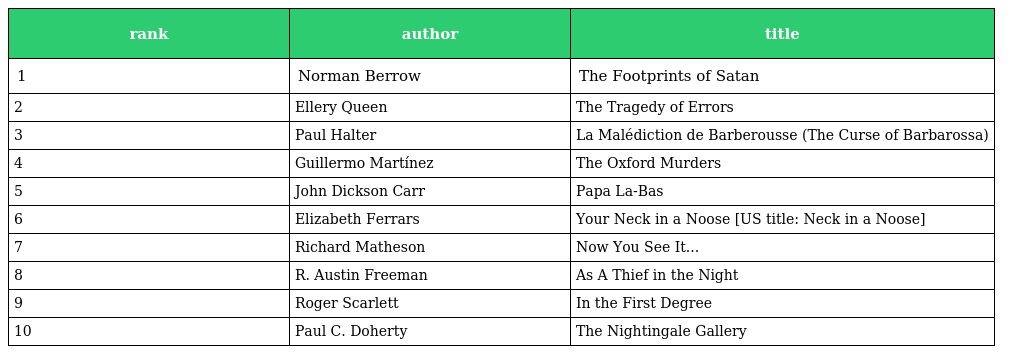
| rank | author | title |
 | --- | --- | --- |
 | 1 | Norman Berrow | The Footprints of Satan |
 | 2 | Ellery Queen | The Tragedy of Errors |
 | 3 | Paul Halter | La Malédiction de Barberousse (The Curse of Barbarossa) |
 | 4 | Guillermo Martínez | The Oxford Murders |
 | 5 | John Dickson Carr | Papa La-Bas |
 | 6 | Elizabeth Ferrars | Your Neck in a Noose [US title: Neck in a Noose] |
 | 7 | Richard Matheson | Now You See It... |
 | 8 | R. Austin Freeman | As A Thief in the Night |
 | 9 | Roger Scarlett | In the First Degree |
 | 10 | Paul C. Doherty | The Nightingale Gallery |